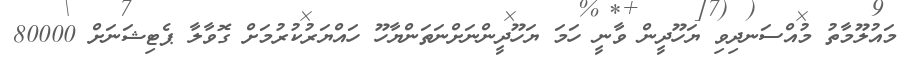
މައުލޫމާތު މުއްސަނދިވި ޔަހޫދީން ވާނީ ހަމަ ޔަހޫދީންނަށްނަތަންޔާހޫ ހައްޔަރުކުރުމަށް ގޮވާލާ ޕެޓިޝަނަށް 80000